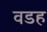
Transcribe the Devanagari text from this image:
वडह